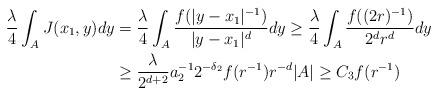
LaTeX: \begin{align*}\frac{\lambda}{4}\int_A J(x_1,y) dy &= \frac{ \lambda}{4}\int_A \frac{f(|y-x_1|^{-1})}{|y-x_1|^d} dy \ge \frac{ \lambda}{4}\int_A \frac{f((2r)^{-1})}{2^d r^d} dy\\&\ge \frac{ \lambda}{2^{d+2}}a_2^{-1}2^{-\delta_2}f(r^{-1})r^{-d}|A| \ge C_3 f(r^{-1})\end{align*}